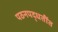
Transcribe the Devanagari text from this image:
पठनपद्धतींत